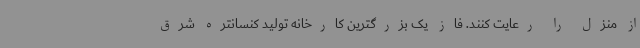
از منزل را رعایت کنند. فاز یک بزرگترین کارخانه تولید کنسانتره شرق